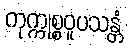
ကုက္ကုစ္စဝူပသန္တံ